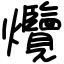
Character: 爦